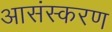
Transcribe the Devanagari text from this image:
आसंस्करण